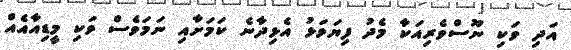
އަދި ވަކި ނޫސްވެރިއަކާ މެދު ފިޔަވަޅު އެޅިދާނެ ކަމަށާއި ނަމަވެސް ވަކި މީޑިއާއެއް